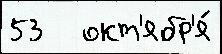
53   окт'ябр'я́